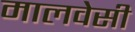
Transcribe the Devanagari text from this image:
मालवेसी